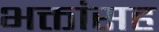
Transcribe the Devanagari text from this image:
भक्तांसह